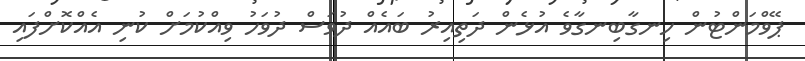
ޕޭވްމަންޓުން ހިނގާބިނގާވެ އުޅެން ދަތިއިރު ބައެއް ދުވަސް ދުވަހު ވިއްކުމަށް ކުނި އެއްކޮށްފައި